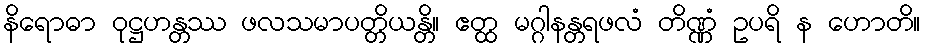
နိရောဓာ ဝုဋ္ဌဟန္တဿ ဖလသမာပတ္တိယန္တိ။ ဧတ္ထ မဂ္ဂါနန္တရဖလံ တိဏ္ဏံ ဥပရိ န ဟောတိ။